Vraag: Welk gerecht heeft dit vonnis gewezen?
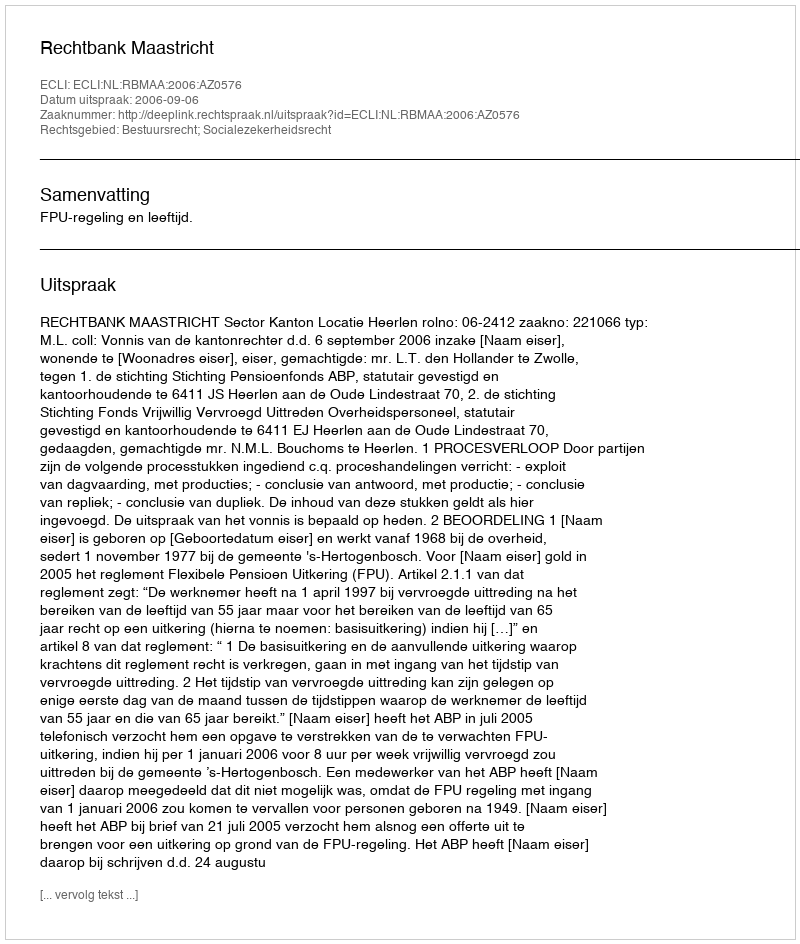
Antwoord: Rechtbank Maastricht